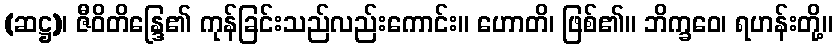
(ဆဋ္ဌ)၊ ဇီဝိတိန္ဒြေ၏ ကုန်ခြင်းသည်လည်းကောင်း။ ဟောတိ၊ ဖြစ်၏။ ဘိက္ခဝေ၊ ရဟန်းတို့။